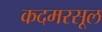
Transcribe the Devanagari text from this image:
कदमरसूल